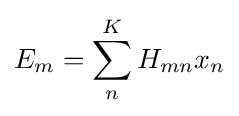
E_{m}=\sum _{n}^{K}H_{mn}x_{n}